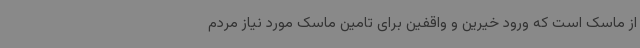
از ماسک است که ورود خیرین و واقفین برای تامین ماسک مورد نیاز مردم